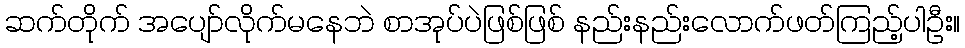
ဆက်တိုက် အပျော်လိုက်မနေဘဲ စာအုပ်ပဲဖြစ်ဖြစ် နည်းနည်းလောက်ဖတ်ကြည့်ပါဦး။